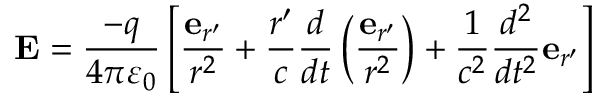
\mathbf { E } = { \frac { - q } { 4 \pi \varepsilon _ { 0 } } } \left[ { \frac { \mathbf { e } _ { r ^ { \prime } } } { r ^ { 2 } } } + { \frac { r ^ { \prime } } { c } } { \frac { d } { d t } } \left( { \frac { \mathbf { e } _ { r ^ { \prime } } } { r ^ { 2 } } } \right) + { \frac { 1 } { c ^ { 2 } } } { \frac { d ^ { 2 } } { d t ^ { 2 } } } \mathbf { e } _ { r ^ { \prime } } \right]